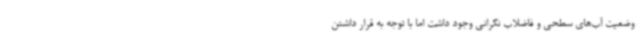
وضعیت آب‌های سطحی و فاضلاب نگرانی وجود داشت اما با توجه به قرار داشتن